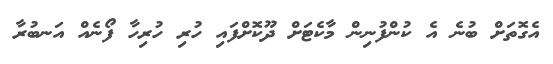
އެގޮތަށް ބުނެ އެ ކުންފުނިން މާކެޓަށް ދޫކޮށްފައި ހުރި ހުރިހާ ފޯނެއް އަނބުރާ